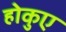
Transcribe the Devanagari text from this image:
होकुए